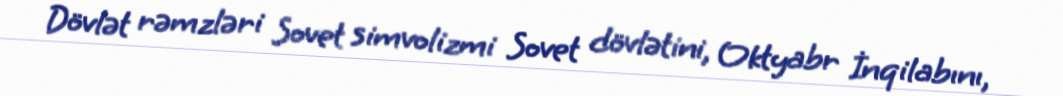
Dövlət rəmzləri Sovet simvolizmi Sovet dövlətini, Oktyabr İnqilabını,